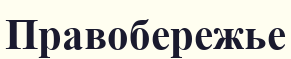
Правобережье